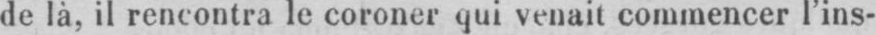
de là, il rencontra le coroner qui venait commencer l’ins-